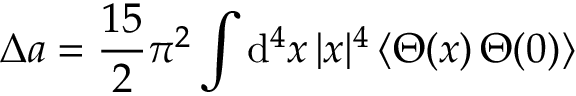
\Delta a = { \frac { 1 5 } { 2 } } \pi ^ { 2 } \int \mathrm { d } ^ { 4 } x \, | x | ^ { 4 } \, \langle \Theta ( x ) \, \Theta ( 0 ) \rangle